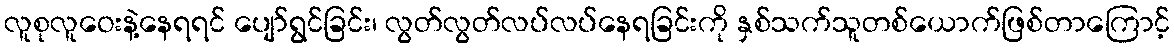
လူစုလူဝေးနဲ့နေရရင် ပျော်ရွင်ခြင်း၊ လွတ်လွတ်လပ်လပ်နေရခြင်းကို နှစ်သက်သူတစ်ယောက်ဖြစ်တာကြောင့်